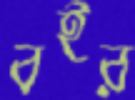
বইর